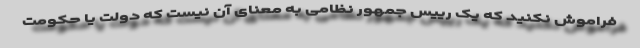
فراموش نکنید که یک رییس جمهور نظامی به معنای آن نیست که دولت یا حکومت